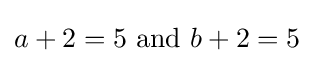
a+2=5{\text{ and }}b+2=5